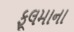
ફૂલમાના